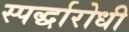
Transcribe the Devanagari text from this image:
स्पर्द्धारोधी